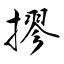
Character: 摎